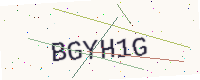
Text: BGYH1G